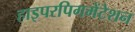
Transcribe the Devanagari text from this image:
हाइपरपिगमेंटेशन